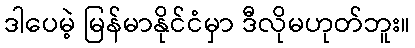
ဒါပေမဲ့ မြန်မာနိုင်ငံမှာ ဒီလိုမဟုတ်ဘူး။